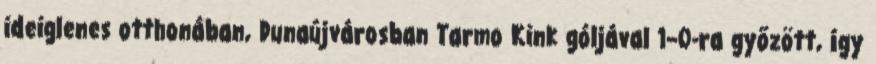
ideiglenes otthonában, Dunaújvárosban Tarmo Kink góljával 1–0-ra győzött, így